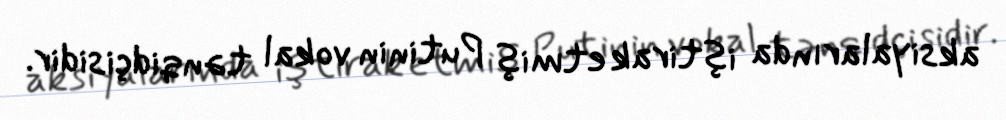
aksiyalarında iştirak etmiş Putinin vokal tənqidçisidir.